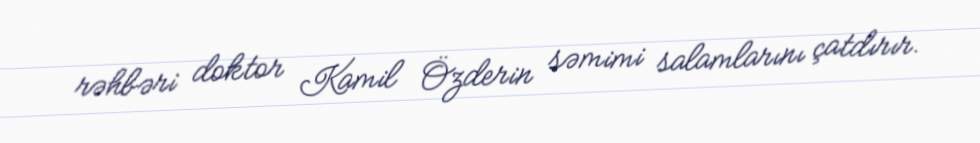
rəhbəri doktor Kamil Özderin səmimi salamlarını çatdırır.